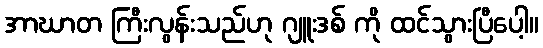
အာဃာတ ကြီးလွန်းသည်ဟု ဂျူးဒစ် ကို ထင်သွားပြီပေါ့။